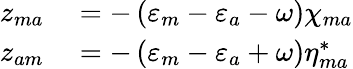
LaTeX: \begin{array}{rl}{z_{ma}}&{{}=-\left(\varepsilon_{m}-\varepsilon_{a}-\omega\right)\chi_{ma}}\\ {z_{am}}&{{}=-\left(\varepsilon_{m}-\varepsilon_{a}+\omega\right)\eta_{ma}^{*}}\end{array}